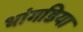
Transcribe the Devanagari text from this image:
भांगडिया